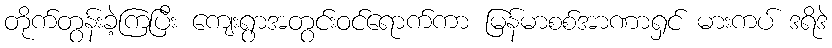
တိုက်တွန်းခဲ့ကြပြီး ကျေးရွာအတွင်းဝင်ရောက်ကာ မြန်မာစစ်အာဏာရှင် မားကပ် ဒရိဒဲ